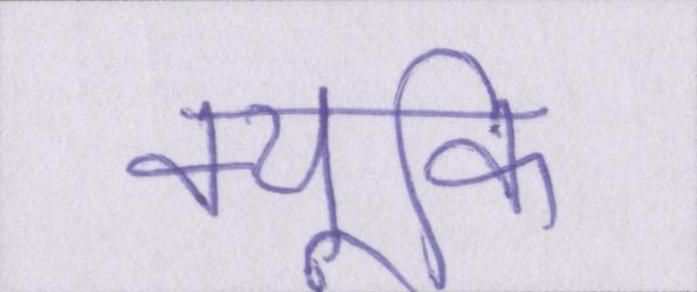
क्यूंकि